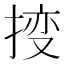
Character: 𫽕